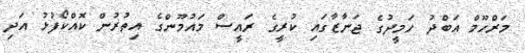
މަރްހޫމް އަބްދު ހަމީދުގެ ޖަނާޒާގައި ކުރީގެ ރައީސް މައުމޫންގެ އިތުރުން ކޮއްކޯފުޅު އަދި